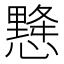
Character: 𢢨